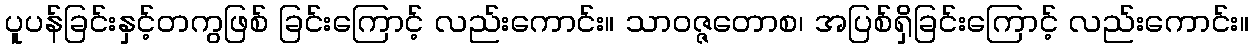
ပူပန်ခြင်းနှင့်တကွဖြစ် ခြင်းကြောင့် လည်းကောင်း။ သာဝဇ္ဇတောစ၊ အပြစ်ရှိခြင်းကြောင့် လည်းကောင်း။